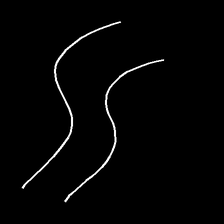
Glyph: float